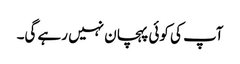
آپ کی کوئی پہچان نہیں رہے گی۔